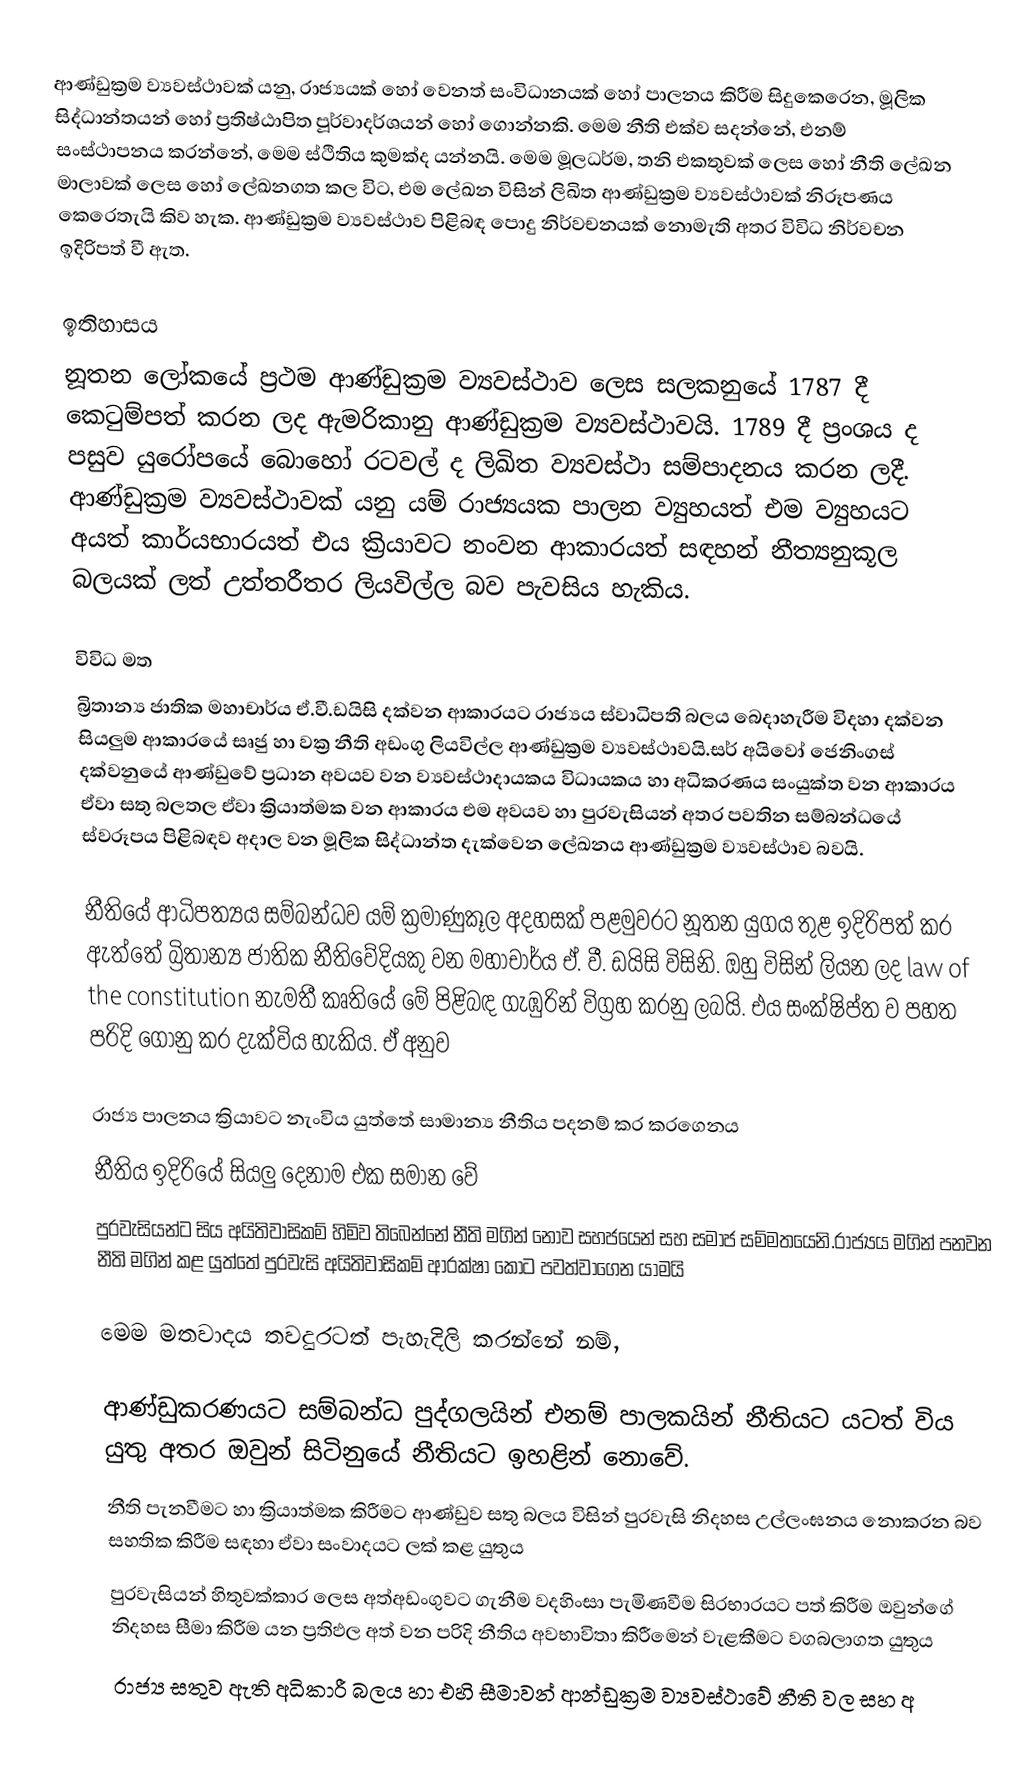
ආණ්ඩුක්‍රම ව්‍යවස්ථාවක් යනු,    රාජ්‍යයක් හෝ වෙනත් සංවිධානයක් හෝ පාලනය කිරීම සිදුකෙරෙන, මූලික සිද්ධාන්තයන් හෝ ප්‍රතිෂ්ඨාපිත  පූර්වාදර්ශයන් හෝ ගොන්නකි.  මෙම නීති එක්ව සදන්නේ, එනම්  සංස්ථාපනය කරන්නේ, මෙම ස්ථිතිය කුමක්ද යන්නයි. මෙම මූලධර්ම,  තනි එකතුවක් ලෙස හෝ නීති ලේඛන මාලාවක් ලෙස හෝ ලේඛනගත කල විට, එම ලේඛන විසින්  ලිඛිත ආණ්ඩුක්‍රම ව්‍යවස්ථාවක් නිරූපණය කෙරෙතැයි කිව හැක. ආණ්ඩුක්‍රම ව්‍යවස්ථාව පිළිබඳ පොදු නිර්වචනයක් නොමැති අතර විවිධ නිර්වචන ඉදිරිපත් වී ඇත.

ඉතිහාසය
නූතන ලෝකයේ ප්‍රථම ආණ්ඩුක්‍රම ව්‍යවස්ථාව ලෙස සලකනුයේ 1787 දී කෙටුම්පත් කරන ලද ඇමරිකානු ආණ්ඩුක්‍රම ව්‍යවස්ථාවයි. 1789 දී ප්‍ර‍ංශය ද පසුව යුරෝපයේ බොහෝ රටවල් ද ලිඛිත ව්‍යවස්ථා සම්පාදනය කරන ලදී. ආණ්ඩුක්‍රම ව්‍යවස්ථාවක් යනු යම් රාජ්‍යයක පාලන ව්‍යුහයත් එම ව්‍යුහයට අයත් කාර්යභාරයත් එය ක්‍රියාවට නංවන ආකාරයත් සඳහන් නීත්‍යනුකූල බලයක් ලත් උත්තරීතර ලියවිල්ල බව පැවසිය හැකිය.

විවිධ මත
බ්‍රිතාන්‍ය ජාතික මහාචාර්ය ඒ.වී.ඩයිසි දක්වන ආකාරයට රාජ්‍යය ස්වාධිපති බලය බෙදාහැරීම විදහා දක්වන සියලුම ආකාරයේ සෘජු හා වක්‍ර නීති අඩංගු ලියවිල්ල ආණ්ඩුක්‍රම ව්‍යවස්ථාවයි.සර් අයිවෝ ජෙනිංගස් දක්වනුයේ ආණ්ඩුවේ ප්‍රධාන අවයව වන ව්‍යවස්ථාදායකය විධායකය හා අධිකරණය සංයුක්ත වන ආකාරය ඒවා සතු බලතල ඒවා ක්‍රියාත්මක වන ආකාරය එම අවයව හා පුරවැසියන් අතර පවතින සම්බන්ධයේ ස්වරූපය පිළිබඳව අදාල වන මූලික සිද්ධාන්ත දැක්වෙන ලේඛනය ආණ්ඩුක්‍රම ව්‍යවස්ථාව බවයි.

නීතියේ ආධිපත්‍යය සම්බන්ධව යම් ක්‍රමාණුකූල අදහසක් පළමුවරට නූතන යුගය තුළ ඉදිරිපත් කර ඇත්තේ බ්‍රිතාන්‍ය ජාතික නීතිවේදියකු වන මහාචාර්ය ඒ. වී. ඩයිසි විසිනි. ඔහු විසින් ලියන ලද  law of the constitution නැමතී කෘතියේ මේ පිළිබඳ ගැඹුරින් විග්‍රහ කරනු ලබයි. එය සංක්ෂිප්ත ව පහත පරිදි ගොනු කර දැක්විය හැකිය. ඒ අනුව

 රාජ්‍ය පාලනය ක්‍රියාවට නැංවිය යුත්තේ සාමාන්‍ය නීතිය පදනම් කර කරගෙනය
 නීතිය ඉදිරියේ සියලු දෙනාම එක සමාන වේ
 පුරවැසියන්ට සිය අයිතිවාසිකම් හිමිව තිබෙන්නේ නීති මගින් නොව සහජයෙන් සහ සමාජ සම්මතයෙනි.රාජ්‍යය මගින් පනවන නීති මගින් කළ යුත්තේ පුරවැසි අයිතිවාසිකම් ආරක්ෂා කොට පවත්වාගෙන යාමයි

මෙම මතවාදය තවදුරටත් පැහැදිලි කරන්නේ නම්,

 ආණ්ඩුකරණයට සම්බන්ධ පුද්ගලයින් එනම් පාලකයින් නීතියට යටත් විය යුතු අතර ඔවුන් සිටිනුයේ නීතියට ඉහළින් නොවේ.
 නීති පැනවීමට හා ක්‍රියාත්මක කිරීමට ආණ්ඩුව සතු බලය විසින් පුරවැසි නිදහස උල්ලංඝනය නොකරන බව සහතික කිරීම සඳහා ඒවා සංවාදයට ලක් කළ යුතුය
 පුරවැසියන් හිතුවක්කාර ලෙස අත්අඩංගුවට ගැනීම වදහිංසා පැමිණවීම සිරභාරයට පත් කිරීම ඔවුන්ගේ නිදහස සීමා කිරීම යන ප්‍ර‍තිඵල අත් වන පරිදි නීතිය අවභාවිතා කිරීමෙන් වැළකීමට වගබලාගත යුතුය
 රාජ්‍ය සතුව ඇති අධිකාරී බලය හා එහි  සීමාවන් ආන්ඩුක්‍රම ව්‍යවස්ථාවේ නීති වල සහ අ